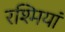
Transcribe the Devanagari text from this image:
रश्मियां